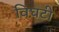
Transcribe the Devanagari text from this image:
विघटी